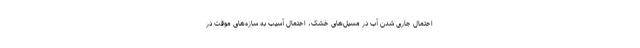
احتمال جاری شدن آب در مسیل‌های خشک، احتمال آسیب به سازه‌های موقت در